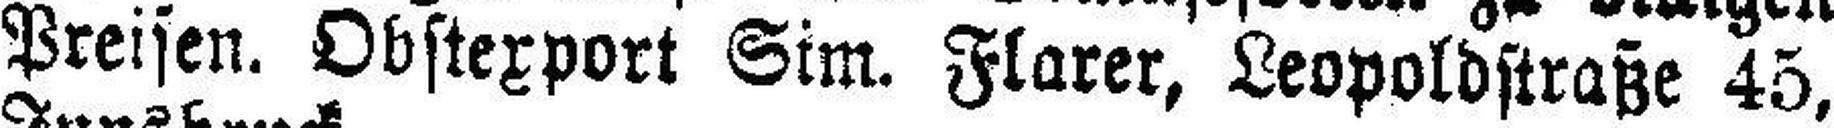
Preisen. Obstexport Sim. Flarer, Leopoldstraße 45,